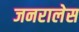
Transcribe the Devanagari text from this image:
जनरालेस